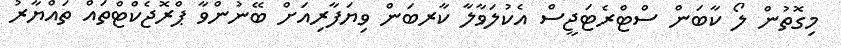
މިގޮތުން ލޯ ކާބަން ސްޓްރެޓަޖީސް އެކުލަވާލާ ކާރބަން ވިޔަފާރިއަށް ބޭނުންވާ ޕްރޮޖެކްޓްތައް ތައްޔާރު